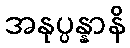
အနုပ္ပန္နာနိ